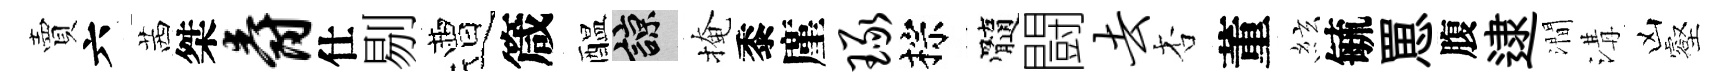
賣六茜桀爵仕剔遭箴醖諒掩黍廑琢棕髓闘去杏董絃毓罳腹逮澗溝凶壑